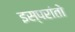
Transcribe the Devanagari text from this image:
इस्परांतो